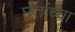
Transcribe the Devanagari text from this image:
छतांच्या